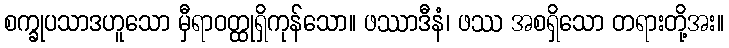
စက္ခုပသာဒဟူသော မှီရာဝတ္ထုရှိကုန်သော။ ဖဿာဒီနံ၊ ဖဿ အစရှိသော တရားတို့အး။